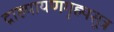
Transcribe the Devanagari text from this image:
द्राह्यायणगृह्यसूत्र